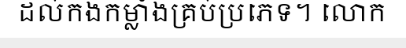
ដល់កងកម្លាំងគ្រប់ប្រភេទ។ លោក